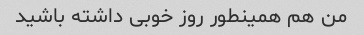
من هم همینطور روز خوبی داشته باشید